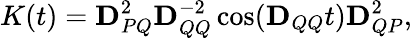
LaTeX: K(t)=\mathbf{D}_{PQ}^{2}\mathbf{D}_{QQ}^{-2}\cos(\mathbf{D}_{QQ}t)\mathbf{D}_{QP}^{2},